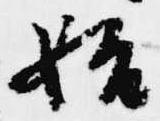
始